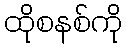
ထိုစနစ်ကို